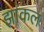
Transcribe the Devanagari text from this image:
झांकल